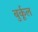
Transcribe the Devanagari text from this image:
बुर्कूल